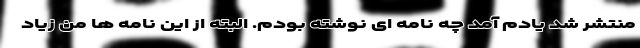
منتشر شد یادم آمد چه نامه ای نوشته بودم. البته از این نامه ها من زیاد